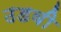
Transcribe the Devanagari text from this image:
उडवी